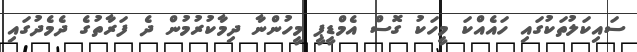
ސައިކަލުތަކުގައި ހައެއްކަ މީހަކު ގޮސް އެމްޑީޕީ މީހުންނާ ދިމާކުރުމުން ދެ ފަރާތުގެ ދެމެދުގައި